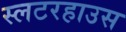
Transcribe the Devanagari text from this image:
स्लटरहाउस